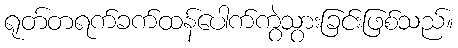
ရုတ်တရက်ခက်ထန်ပေါက်ကွဲသွားခြင်းဖြစ်သည်။